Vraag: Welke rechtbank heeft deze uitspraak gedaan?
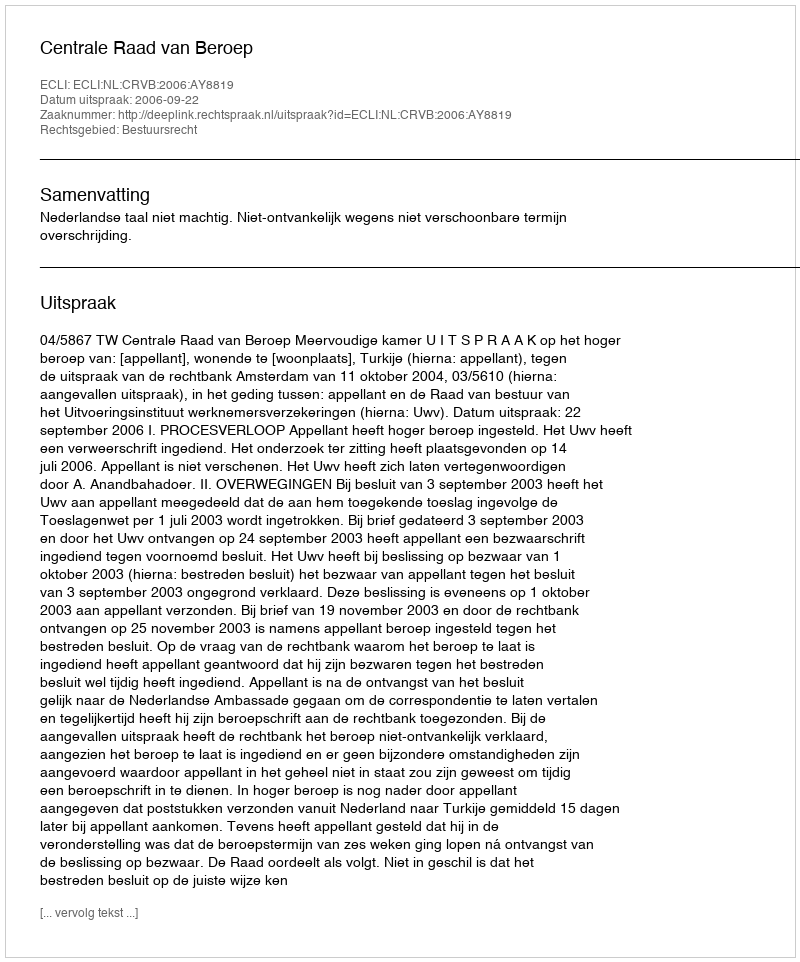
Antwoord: Centrale Raad van Beroep